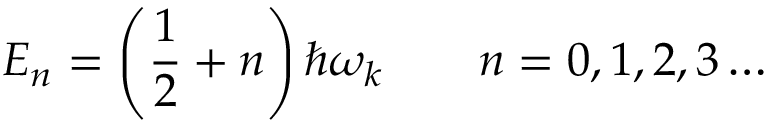
E _ { n } = \left( { \frac { 1 } { 2 } } + n \right) \hbar \omega _ { k } \qquad n = 0 , 1 , 2 , 3 \ldots